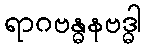
ရာဂဗန္ဓနဗဒ္ဓါ